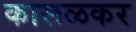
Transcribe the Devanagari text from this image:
कारूळकर